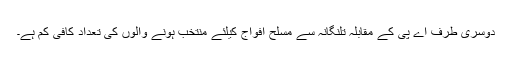
دوسری طرف اے پی کے مقابلہ تلنگانہ سے مسلح افواج کیلئے منتخب ہونے والوں کی تعداد کافی کم ہے۔